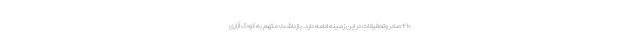
۲۱۰ صادر وتحقیقات در این زمینه ادامه دارد. بازداشت متهم به کودک آزاری